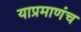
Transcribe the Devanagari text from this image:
याप्रमाणंच